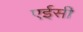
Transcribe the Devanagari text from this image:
एईसी